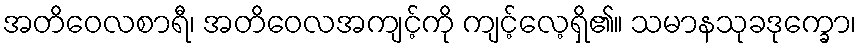
အတိဝေလစာရီ၊ အတိဝေလအကျင့်ကို ကျင့်လေ့ရှိ၏။ သမာနသုခဒုက္ခော၊